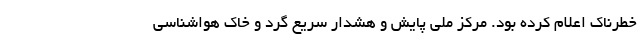
خطرناک اعلام کرده بود. مرکز ملی پایش و هشدار سریع گرد و خاک هواشناسی